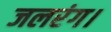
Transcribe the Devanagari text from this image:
जलरंग।